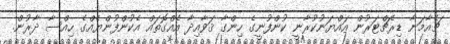
ޗެއާމަނާ ޑިރެޗްޓަރުން އައްޔަނުކުރާނީ ކުންފުނީގެ ހިންގާ ޤަވާއިދާ އެއްގޮތައް އެކުންފުންޔެއްގެ ހިއްސާ ދާރުން.